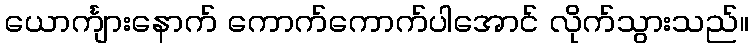
ယောင်္ကျားနောက် ကောက်ကောက်ပါအောင် လိုက်သွားသည်။